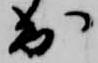
出